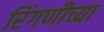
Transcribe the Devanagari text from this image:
रिंगणीच्या